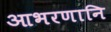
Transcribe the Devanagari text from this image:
आभरणानि